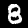
Digit: 8